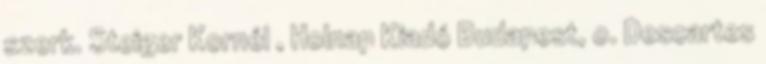
szerk. Steiger Kornél , Holnap Kiadó Budapest, o. Descartes